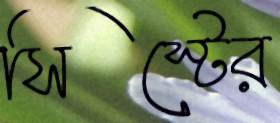
সিস্টের